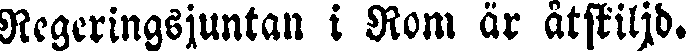
Regeringsjuntan i Rom är ätskiljd.